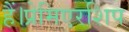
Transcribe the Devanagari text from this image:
हैं।प्रेमिएरशिप